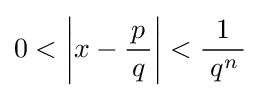
0<\left|x-{\frac {\,p\,}{q}}\right|<{\frac {1}{\;q^{n}\,}}~